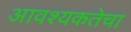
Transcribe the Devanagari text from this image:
आवश्‍यकतेचा